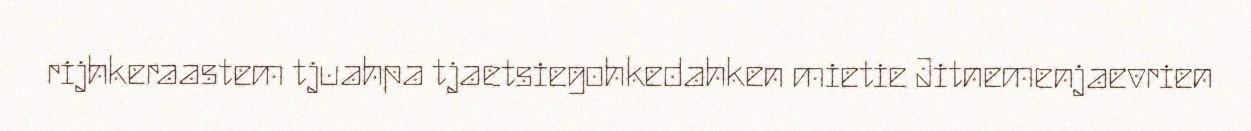
rijhkeraastem tjuahpa tjaetsiegohkedahken mietie Jitnemenjaevrien